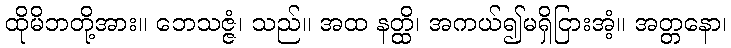
ထိုမိဘတို့အား။ ဘေသဇ္ဇံ၊ သည်။ အထ နတ္ထိ၊ အကယ်၍မရှိငြားအံ့။ အတ္တနော၊